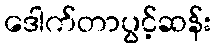
ဒေါက်တာပွင့်ဆန်း